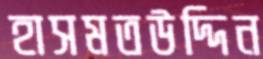
হাসমতউদ্দিন